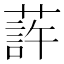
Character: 䔓